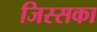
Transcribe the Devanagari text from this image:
जिस्सका